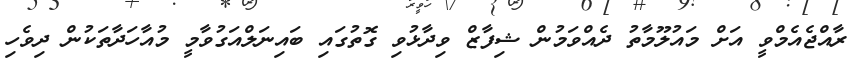
ރާއްޖެއެމްވީ އަށް މައުލޫމާތު ދެއްވަމުން ޝިފާޒް ވިދާޅުވި ގޮތުގައި ބައިނަލްއަގުވާމީ މުއާހަދާތަކުން ދިވެހި